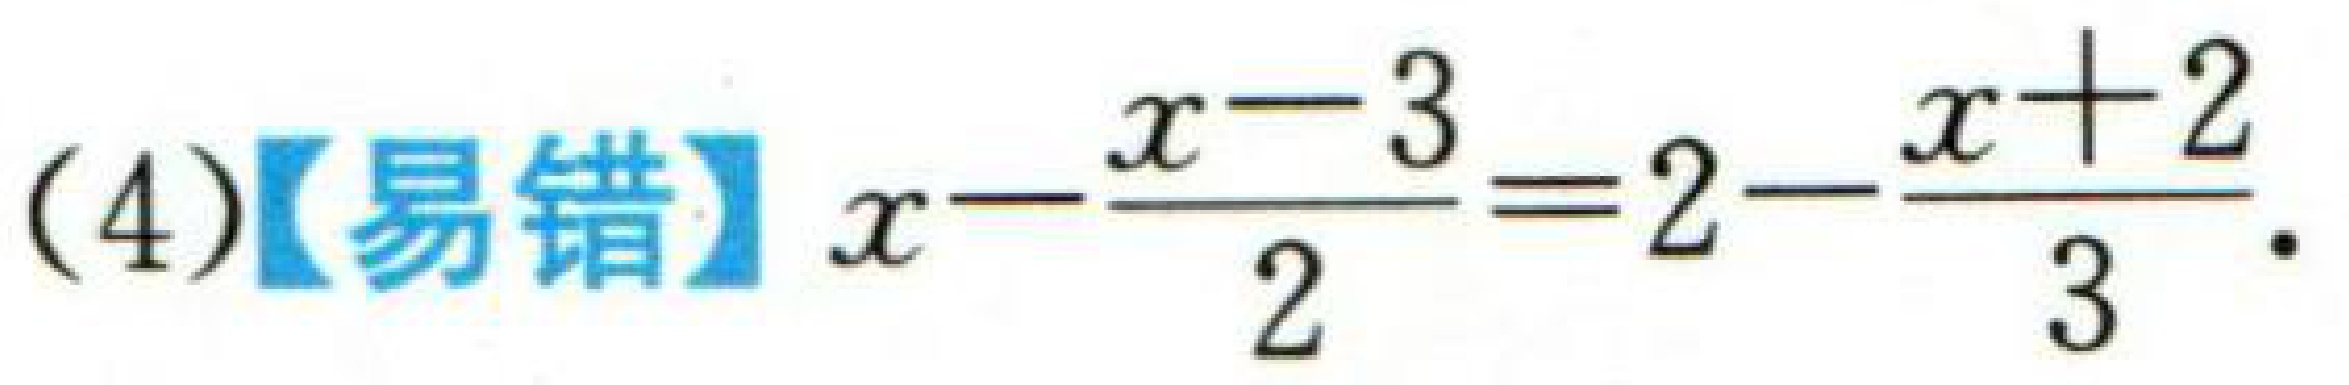
(4)【易错】$x-\dfrac{x - 3}{2}=2-\dfrac{x + 2}{3}$.